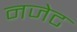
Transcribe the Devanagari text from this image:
नजेट